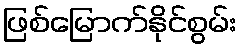
ဖြစ်မြောက်နိုင်စွမ်း